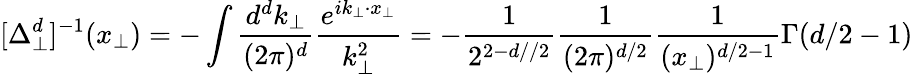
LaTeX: [\Delta_{\perp}^{d}]^{-1}(x_{\perp})=-\int\frac{d^{d}k_{\perp}}{(2\pi)^{d}}\frac{e^{ik_{\perp}\cdot x_{\perp}}}{k_{\perp}^{2}}=-\frac{1}{2^{2-d//2}}\frac{1}{(2\pi)^{d/2}}\frac{1}{(x_{\perp})^{d/2-1}}\Gamma(d/2-1)